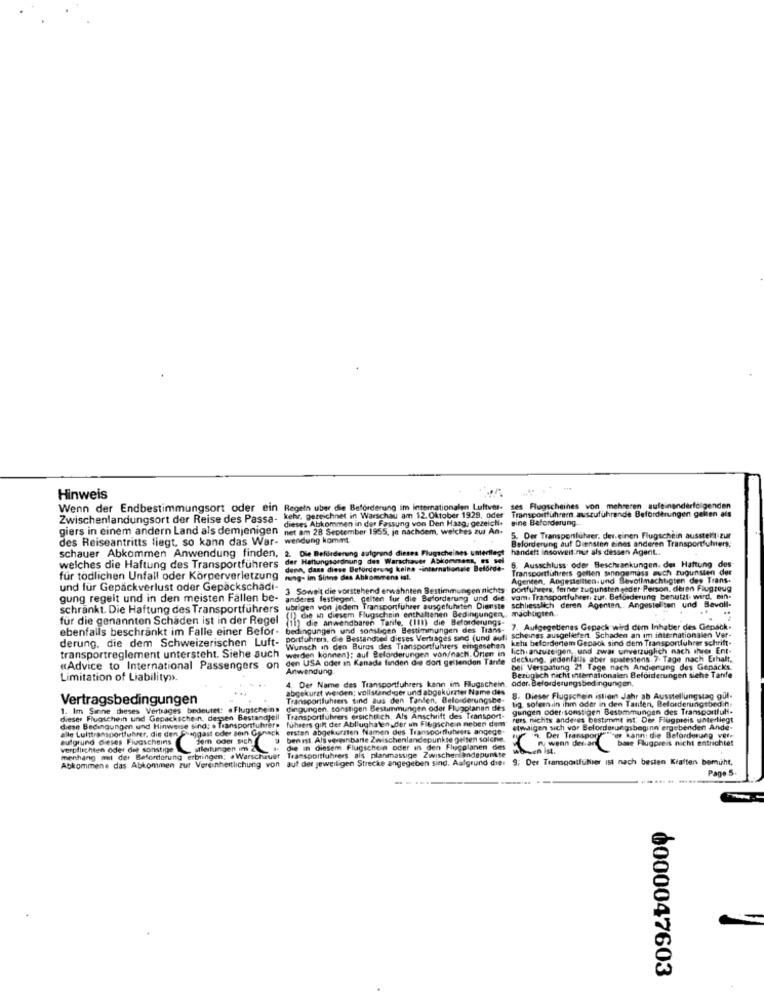
Hinweis
Wenn der Endbestimmungsort oder ein Regeln uber die Beförderung im internationalen Luftver- ses Flugscheines von mehreren aufeinanderfolgenden
Zwischenlandungsort der Reise des Passa-
Zwischenlandungsort der Reise des Passa- kehr, gezeichnet in Warschau am 12. Oktober 1929, oder Transportführern auszuführende Beforderungen gelten als
dieses Abkommen in der Fassung von Den Haag, gezeich.
eine Beforderung.
giers in einem andern Land als demjenigen
giers in einem andern Land als demjenigen net am 28 September 1955, je nachdem, welches zul An.
des Reiseantritts liegt, so kann das War- wendung kommt
5. Der Transportführer, dev.einen Flugschein ausstellt zur
Beforderung auf Diensten eines anderen Transportfuhrer;
schauer Abkommen Anwendung finden, 2. Dle Beförderung aufgrund dieses Flugscheines unterlegt
handelt insoweit nur als dessen Agent ..
der Haftungsordnung des Warschauer Abkommens, es sei
welches die Haftung des Transportführers
denn, dass diese Beforderung keine -internationale Beforde-
6. Ausschluss oder Beschrankungen, des Haftung des
Transportführers gelten sannoumass much zugunsten der
für todlichen Unfall oder Körperverletzung
rung- im Sinne des Abkommens ial.
Agenten, Angestellten und Bevollmachtigten des Trans-
und für Gepäckverlust oder Gepäckschädi-
3 Soweit die vorstehend erwähnten Bestimmungen nichts
portfuhrers. ferner zugunsten seder Person, deren Flugzeug
gung regelt und in den meisten Fällen be-
gung regelt und in den meisten Fallen be- anderes festlegen, gelten fur die Beforderung und die, vam. Transportfuhrer, zur. Beforderung benutzt wird, Bin.
ubrigen von jedem Transportfuhrer ausgeführten Dienste schliesslich deren Agenten. Angestellten und Bevall-
schränkt. Die Haftung des Transportführers
für die genannten Schaden ist in der Regel (11) die anwendbaren Tarife, (111) die Befordenings-
für die genannten Schaden ist in der Regel
(!),ce in diesem Flugschein enthaltenen Bedingungen ,, machtigten ..
ebenfalls beschränkt im Falle einer Befor-
bedingungen und sonstigen Bestimmungen des Tians- 7. Aufgegetienes Gepack wird dem Inhaber des Gepäck-
portfuhrers, die Bestandteil dieses Vertrages sind (und auf; scheines ausgeliefert. Schaden an im internationalen Ver-
derung, die dem Schweizerischen Luft-
kehs befordertem Genaok sind dem Transportfuhrer schrift-
transportreglement untersteht. Siehe auch
werden konnen); auf Beforderungen von/nach. Orten in lich. anzuzeigen, und zwar unverzüglich nach sher Ent-
Wunsch in den Buros des Transportfuhrers eingesehen
den USA oder in Kanada finden die dort geltenden Tarife
deckung. jedenfalls aber spatestens 7- Tage nach Erhalt,
«Advice to International Passengers on
Anwendung
bel" Verspatung 21 Tage nach Andierung des Gepacks
Limitation of Liability>>
4. Der Name des Transportfuhrers kann im Flugschein, oder. Beforderungsbedingungen,
Bezüglich nicht internationalen Befoideningen siehe Tanfe
abgekurzt werden; vollstandiger und abgekurzter Name des
Vertragsbedingungen
Transportfuhrers sind aus den Tanden, Belorderungshe-
big. sofern in ihm oder in den Tanten, Beforderungsbedin,
8. Dieser Flugschein istien Jahr ab Ausstellungstag gül-
1. Im Sinne dieses Vertrages bedeutet: . Flugscheins
dingungen, sonstigen Bestimmungen oder Flugplanan des
gungen oder sonstigen Bestimmungen des Transportfuli-
dieser Flugschein und Gepackschein. dessen Bestandjeil Transportfuhrers ersichtlich. Als Anschrift des Transport-
führers gift der Abllughaten ,der un Flugsche n neben dem
rers, nichts anderes bestemt int' Der Flugpreis unterliegt
diese Bedingungen und Hinweise sind: . Transportfuhrer.
alle Lulttransportfuhrer, die den Shaggast oder sein Gynack ersten abgekurzten Namen des Transporflutwers angege-
etwaigen sich vor Selorderungsbeginn ergebenden Ande-
aufgrund dieses Flugscheins
ben ist. Als vereinbarte Zwischenlandepunkte gelten solche.
. Der Transporyates kann: die Beforderung vere
n. wenn denar
bme Flugpreis nicht entrichtet
verpflichten oder die sonstige
menhang met der Beforderung erbringen; . Warschauer Transportfuhrers als planmassige Zwischenlandepunkte
stleitungen
die in diesem Flugschein oder in den Flugplanen des
Abkommene das Abkommen zur Vereinheitlichung von auf der jeweiligen Strecke angegeben sind. Aufgrund die: 9; Der Transportführer ist nach besten Kraftens bemüht,
Page 5.
0000047603